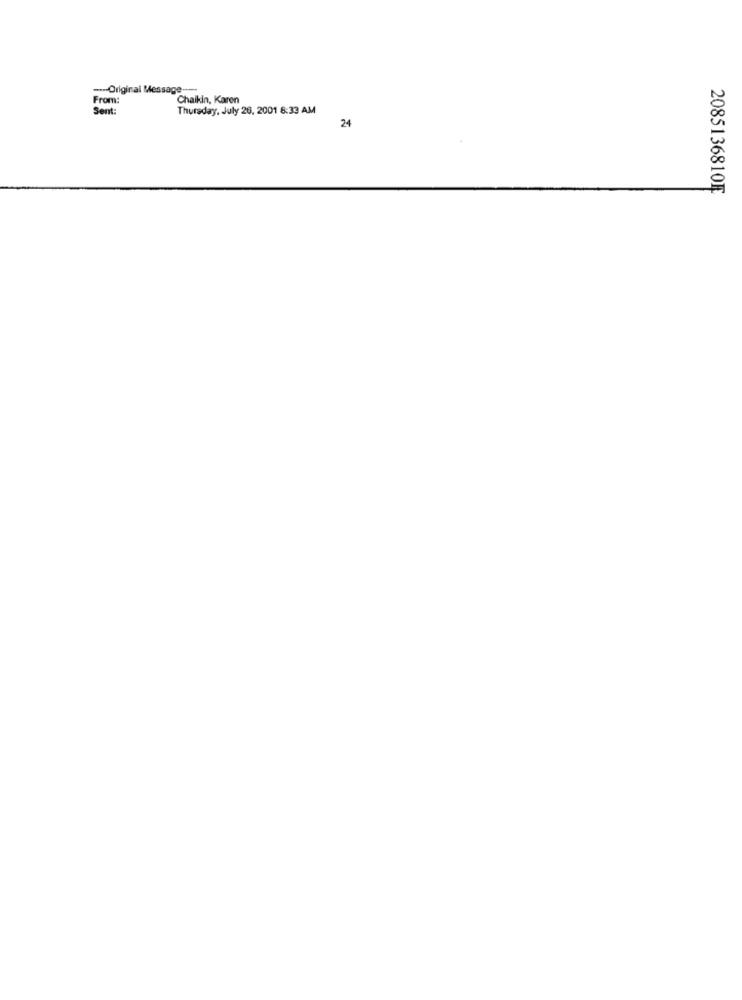
--- Original Message -...
From
Chaikin, Karen
Sent:
Thursday, July 26, 2001 8:33 AM
24
2085136810Ę